Leaving Certificate Examination, 1902
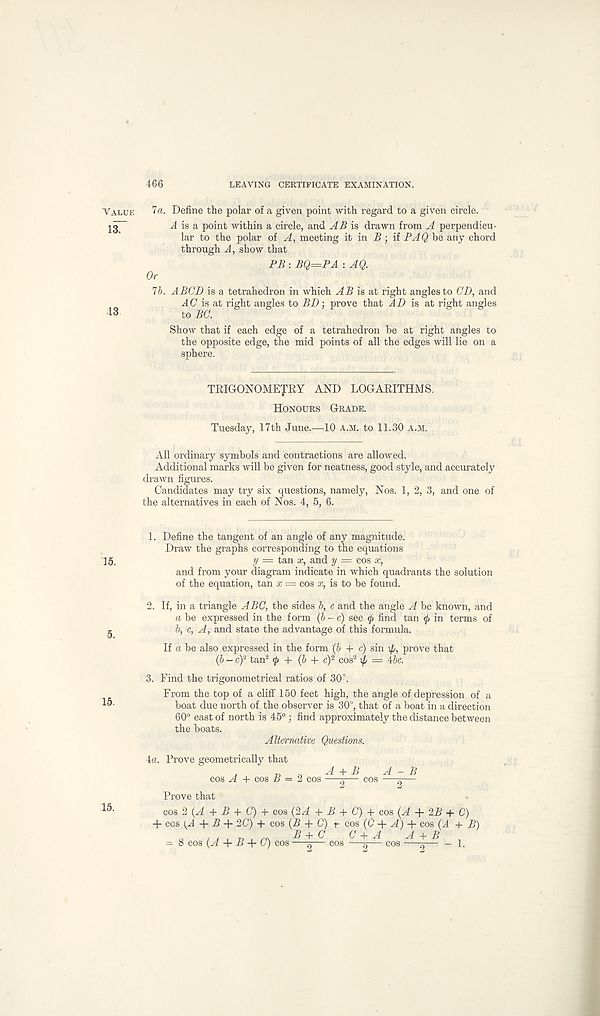
'Value
isT
13
15.
5.
15.
466
LEAVING CERTIFICATE EXAMINATION.
la. Define the polar of a given point with regard to a given circle.
-4 is a point within a circle, and AB is drawn from A perpendicu-
lar to the polar of A, meeting it in B; if PAQ be any chord
through A, show that
PB : BQ=PA : AQ.
Or
lb. A BCD is a tetrahedron in which ^41? is at right angles to CD, and
AC is at right angles to BD; prove that AD is at right angles
to BC.
Show that if each edge of a tetrahedron be at right angles to
the opposite edge, the mid points of all the edges will lie on a
sphere.
TRIGONOMETRY AND LOGARITHMS.
Honours Grade.
Tuesday, 17th June.—10 a.m. to 11.30 a.m.
All ordinary symbols and contractions are allowed.
Additional marks will be given for neatness, good style, and accurately
drawn figures.
Candidates may try six questions, namely, Nos. 1, 2, 3, and one of
the alternatives in each of Nos. 4, 5, 6.
1. Define the tangent of an angle of any magnitude.
Draw the graphs corresponding to the equations
y = tan x, and y — cos x,
and from your diagram indicate in which quadrants the solution
of the equation, tan x = cos x, is to be found.
2. If, in a triangle ABC, the sides b, c and the angle A be known, and
a be expressed in the form {b - c) sec <j > find tan <p in terms of
b, c, A, and state the advantage of this formula.
If a be also expressed in the form (b + c) sin xp, prove that
(b — c) 2 tan 2 <j ) + (b + c) 2 cos 2 \p = 4&c.
3. Find the trigonometrical ratios of 30°.
From the top of a cliff 150 feet high, the angle of depression of a
boat due north of the observer is 30°, that of a boat in a direction
60° east of north is 45°; find approximately the distance between
the boats.
Alternative Questions.
\a. Prove geometrically that
,
A + B A - B
cos A + c,os B = 2 cos —^— cos —9—
Prove that
cos 2 (Af + R + C) + cos (2A + B + C) + cos (A + 2B + C)
4* cos 4“ R 4* 20) + cos (R + 0) t- cos (0 4“ A) 4* cos (4 + R)
q / j , p 1 r<\ B + C C + A A + B
-- 8 cos (R 4- R 4- O) cos —5— cos —5— cos —^— - 1.
15.